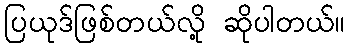
ပြယုဒ်ဖြစ်တယ်လို့ ဆိုပါတယ်။